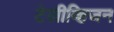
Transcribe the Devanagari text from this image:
टेलीव्हिजन